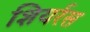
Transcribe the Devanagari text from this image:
शियर्रस